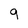
Character: 9